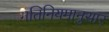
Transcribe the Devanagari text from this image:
गतिनियमानुसार